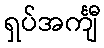
ရှပ်အင်္ကျီ